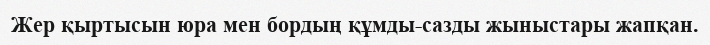
Жер қыртысын юра мен бордың құмды-сазды жыныстары жапқан.